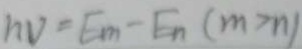
h v = E m - E _ { n } ( m > n )